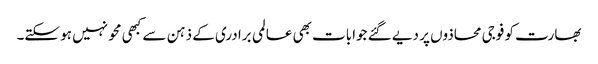
بھارت کو فوجی محاذوں پر دیے گئے جوابات بھی عالمی برادری کے ذہن سے کبھی محو نہیں ہو سکتے۔